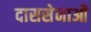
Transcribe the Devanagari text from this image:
दाससेनाओं